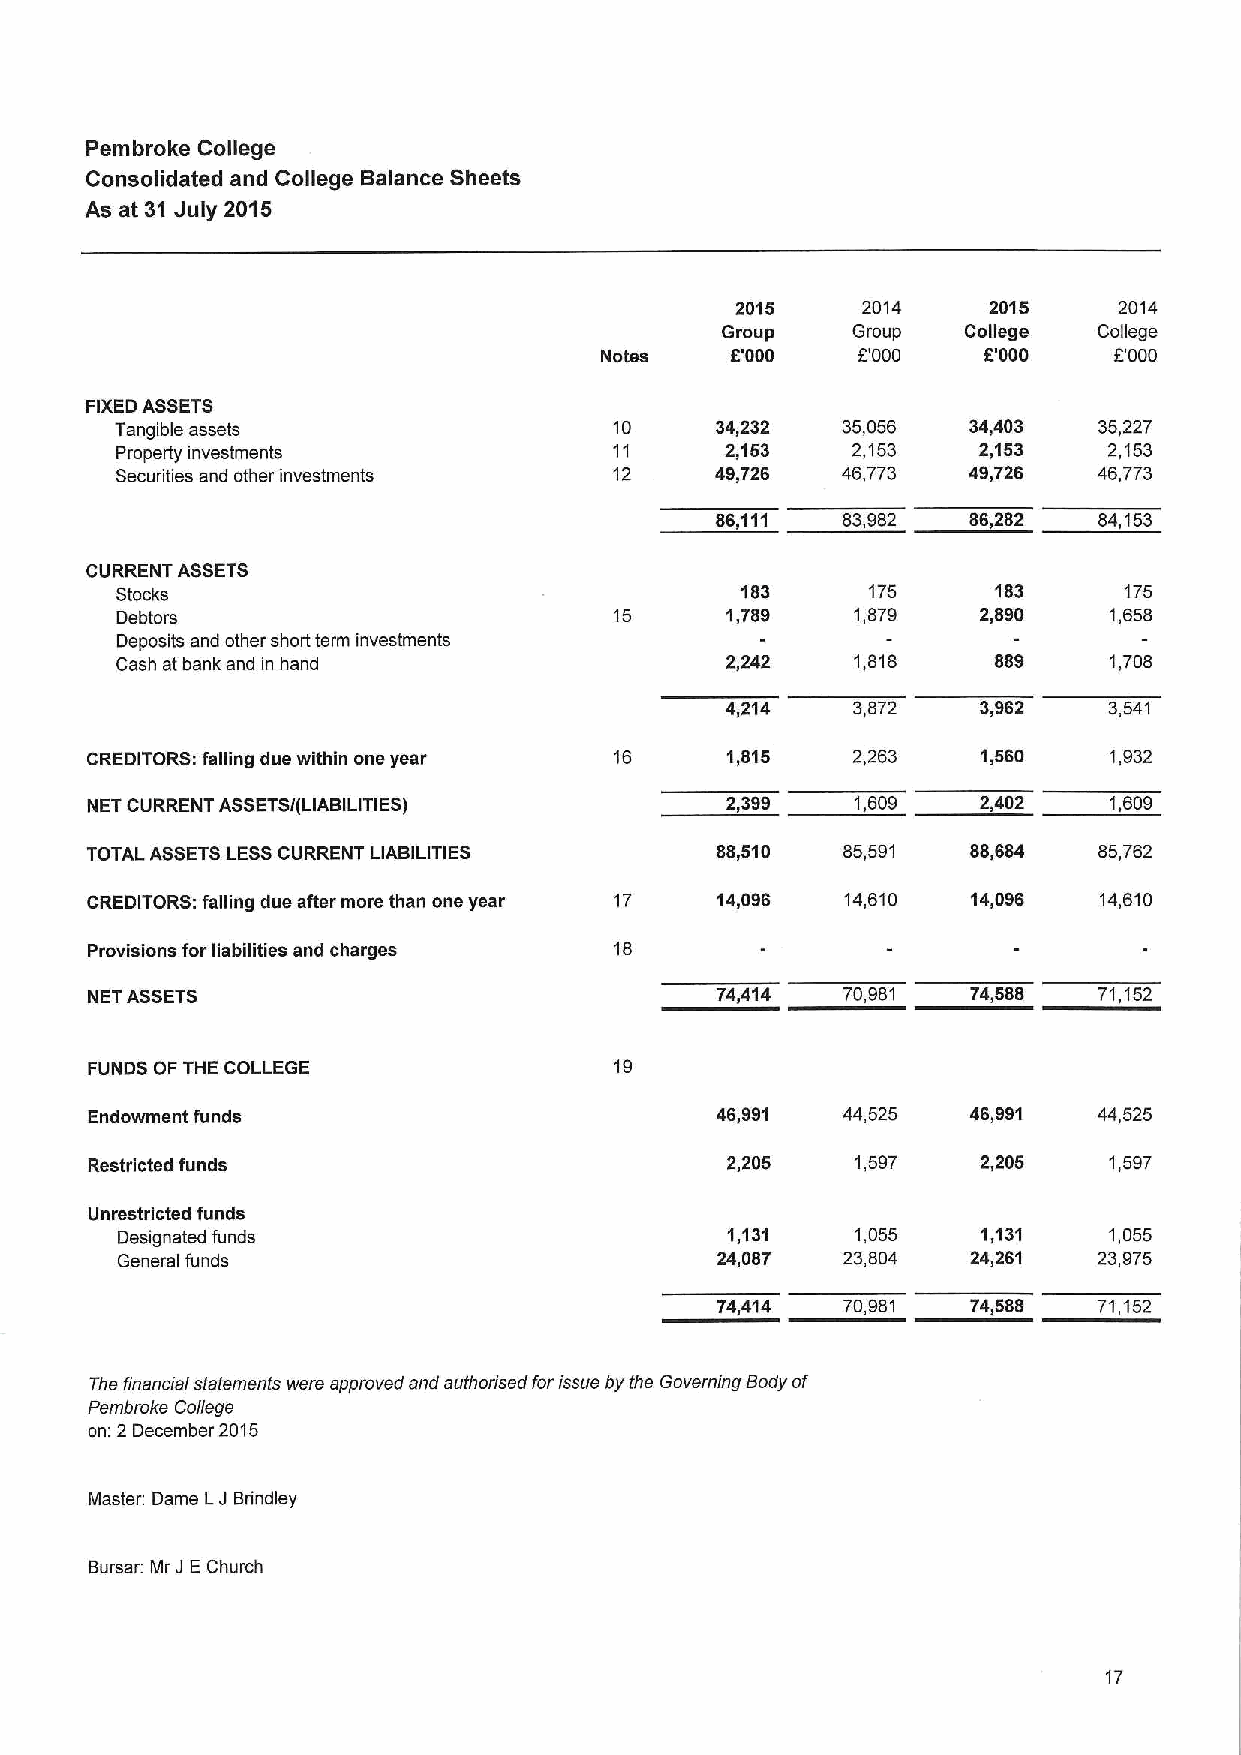
Pembroke College
 Consolidated and College Balance Sheets
 As at 31July 2015
 2015    2014    2015     2014
 Group   Group   College  College
 Notes   6'000    DODO    5'000    EOOD
 FIXEDASSETS
 Tangible assets                  10    34,232   35,056  34,403   35,227
 Property investments             11     2,153   2,153    2,153   2,153
 Securities and other investments 12    49,726   46,773  49,728   46,773
 86,111   83,982  86,282   84,153
 CURRENT ASSETS
 Stocks                                   183      175     183     175
 Debtors                          15     1,789    1,879   2,890   1,658
 Deposits and other short term investments
 Cash at bank and in hand                2,242    1,818    889    1,7D8
 4,214   3,872    3,962   3,541
 CREDITORS: falling due within one year 16 1,815   2,263    1,560   1,932
 NET CURRENT ASSETSi(LIABILITIES)          2,399    1,609   2,402   1,609
 TOTAL ASSETSLESSCURRENT LIABILITIES      88,510   65,591  88,684   85,762
 CREDITORS: falling due after more than one year 17 14,096 14,610 14„096 14,610
 Provisions for liabilities and charges 16
 NET ASSETS                               74,414   70,981  74,588   71,152
 FUNDS OF THE COLLEGE               19
 Endowment funds                          46,991   44,525  46,991   44,525
 Restricted funds                          2,205    1,597   2,205   1,597
 Unrestricted funds
 Designated funds                        1,131    1,055   1,131   1,055
 General funds                          24,087   23,804  24,261   23,975
 74,414   7D,961  74,588   71,152
 The financial statements were approved and authorised forissue by the Governing Body of
 Pembroke College
 on: 2 December 2015
 Master: Dame LJ Brindley
 Bursar: Mr J EChurch
 17